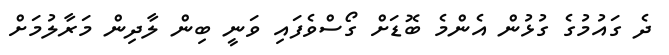
ދެ ގައުމުގެ ގުޅުން އެންމެ ބޮޑަށް ގޯސްވެފައި ވަނީ ބިން ލާދިން މަރާލުމަށް